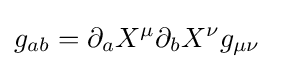
g_{ab}=\partial _{a}X^{\mu }\partial _{b}X^{\nu }g_{\mu \nu }\